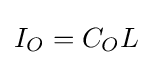
I_{O}=C_{O}L\;